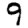
Digit: 9